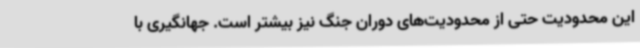
این محدودیت حتی از محدودیت‌های دوران جنگ نیز بیشتر است. جهانگیری با